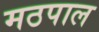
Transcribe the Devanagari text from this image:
मठपाल